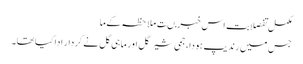
مکمل تفصلابت اس خبر مںت ملاحظہ کےما
جس میں رندیپ ہودا، جمی شیرگل اور ماہی گل نے کردار ادا کیا تھا۔